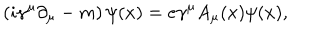
\left( i \gamma ^ { \mu } \partial _ { \mu } - m \right) \psi ( x ) = e \gamma ^ { \mu } A _ { \mu } ( x ) \psi ( x ) ,